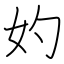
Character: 妁